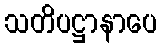
သတိပဋ္ဌာနာပေ